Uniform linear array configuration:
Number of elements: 64
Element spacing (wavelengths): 0.5
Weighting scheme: hamming
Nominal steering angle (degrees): -15
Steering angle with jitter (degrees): -13.431
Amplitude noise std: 0.05
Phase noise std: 0.05

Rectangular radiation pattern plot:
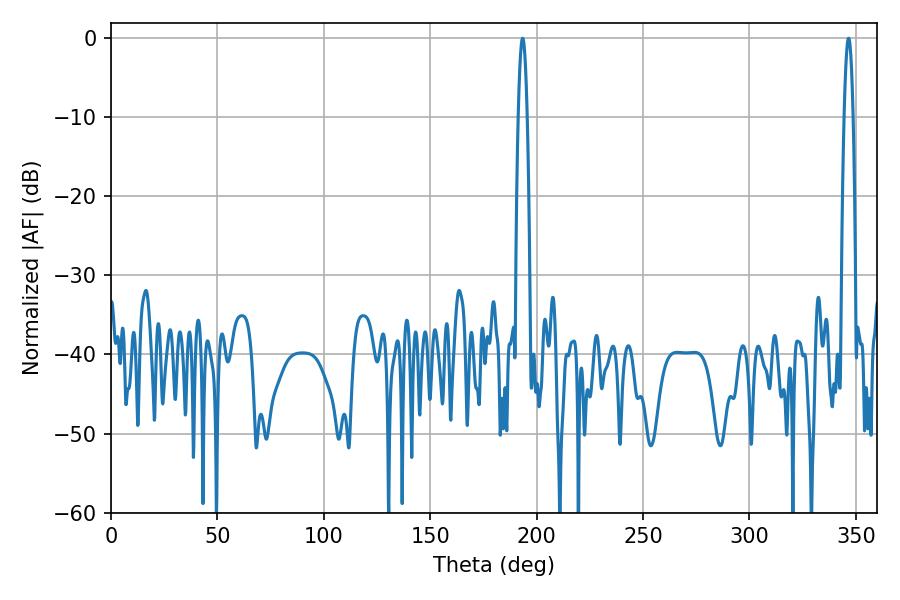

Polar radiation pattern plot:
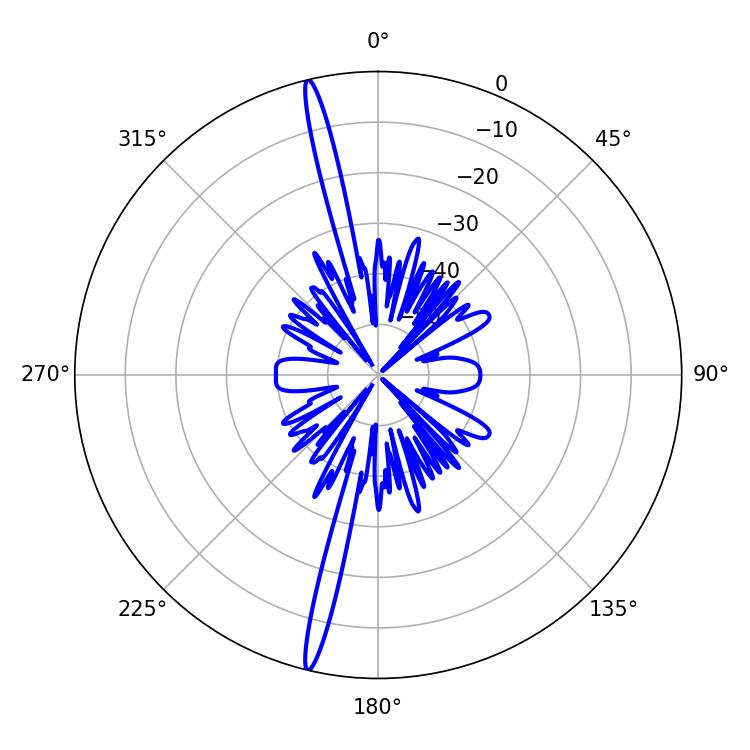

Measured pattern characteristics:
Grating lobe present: FALSE
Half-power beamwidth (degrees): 2.34
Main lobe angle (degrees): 193.5